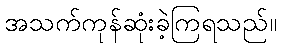
အသက်ကုန်ဆုံးခဲ့ကြရသည်။